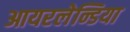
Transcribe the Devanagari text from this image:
आयरलेन्डिया